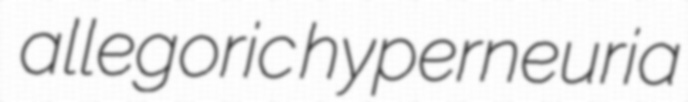
allegoric hyperneuria